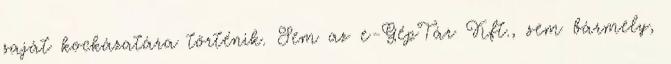
saját kockázatára történik. Sem az e-GépTár Kft., sem bármely,